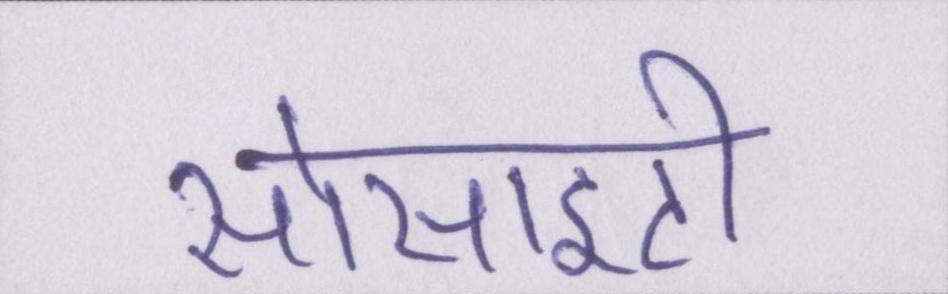
सोसाइटी